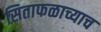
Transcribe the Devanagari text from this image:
सिताफळाच्याच